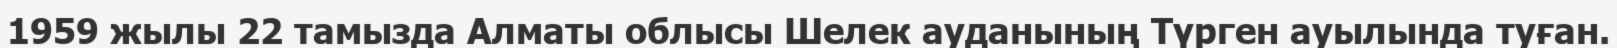
1959 жылы 22 тамызда Алматы облысы Шелек ауданының Түрген ауылында туған.